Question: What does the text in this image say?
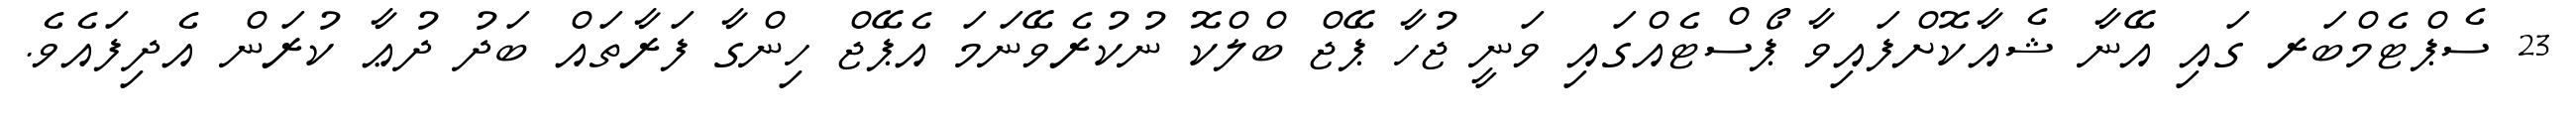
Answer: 23 ސެޕްޓެމްބަރ ގައި އޭނާ ޝެއާކޮށްފައިވާ ޕޯސްޓެއްގައި ވަނީ ޖުހާ ޕޭޖް ބްލްކޮ ނުކުރެވޭނަމަ އެޕޭޖް ހިންގާ ފަރާތައް ބަދު ދުޢާ ކުރަން އެދިފައެވެ.